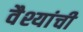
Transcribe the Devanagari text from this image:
वैश्यांची